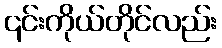
၎င်းကိုယ်တိုင်လည်း